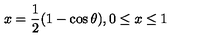
x = \frac { 1 } { 2 } ( 1 - \cos \theta ) , 0 \leq x \leq 1